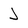
Character: J